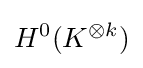
H^{0}(K^{\otimes k})